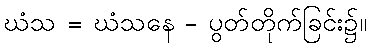
ဃံသ = ဃံသနေ - ပွတ်တိုက်ခြင်း၌။